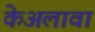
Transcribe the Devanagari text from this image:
केअलावा